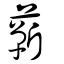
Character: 鄿